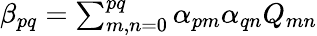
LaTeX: \begin{array}{r}{\beta_{pq}=\sum_{m,n=0}^{pq}\alpha_{pm}\alpha_{qn}Q_{mn}}\end{array}